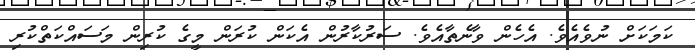
ކަމަކަށް ނުވެއެވެ. އެހެން ވާނެތާއެވެ. ސަރުކާރުން އެކަން ކުރަން މީގެ ކުރިން މަސައްކަތްކުރި